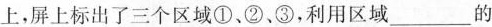
上，屏上标出了三个区域①、②、③，利用区域___的